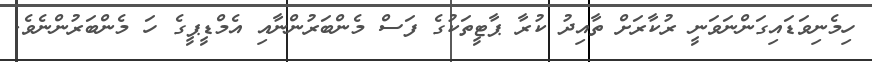
ހިމެނިވަޑައިގަންނަވަނީ ރުކާރަށް ތާއިދު ކުރާ ޕާޓީތަކުގެ ފަސް މެންބަރުންނާއި އެމްޑީޕީގެ ހަ މެންބަރުންނެވެ.